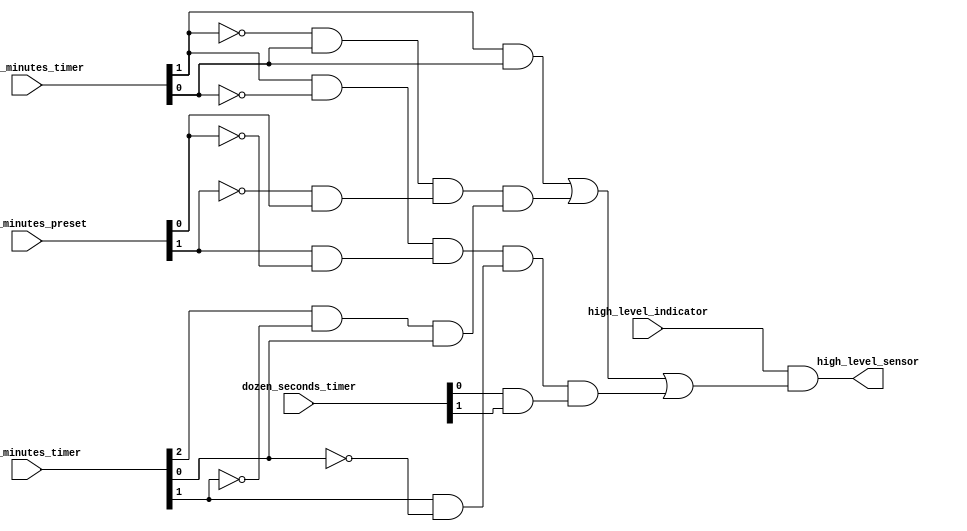
/* Manipulates the higher level sensor dinamically */

module high_level_checker
(
	input  wire [1:0] dozen_minutes_timer, dozen_minutes_preset, dozen_seconds_timer,
	input  wire [2:0] unit_minutes_timer, 
	input  wire			high_level_indicator,
	output wire 		high_level_sensor
);
	wire [11:0] aux;
	wire [ 1:0] inv_dozen_timer, inv_dozen_preset, inv_unit_timer, inv_unit_preset;

	not inv0(inv_dozen_timer[0], dozen_minutes_timer[0]);
	not inv1(inv_dozen_timer[1], dozen_minutes_timer[1]);
	
	not inv2(inv_dozen_preset[0], dozen_minutes_preset[0]);
	not inv3(inv_dozen_preset[1], dozen_minutes_preset[1]);
	
	not inv4(inv_unit_timer[0], unit_minutes_timer[0]);
	not inv5(inv_unit_timer[1], unit_minutes_timer[1]);
	
	// When the dozen of minutes is equal 3
	and and0(aux[0], dozen_minutes_timer[1], dozen_minutes_timer[0]);
	
	// When the minutes counter is equal 15 and the dozen minutes preset is 0001
	and and1(aux[1], inv_dozen_timer[1], dozen_minutes_timer[0]);
	and and3(aux[2], inv_dozen_preset[1], dozen_minutes_preset[0]);
	and and2(aux[3], unit_minutes_timer[2], inv_unit_timer[1], unit_minutes_timer[0]);
	
	and and5(aux[4], aux[1], aux[2], aux[3]);
	
	// When the minutes counter is equal 22, the dozen of 
	// seconds is 3 and the dozen minutes preset is 0010
	and and6(aux[5], dozen_minutes_timer[1], inv_dozen_timer[0]);
	and and7(aux[6], dozen_minutes_preset[1], inv_dozen_preset[0]);
	and and8(aux[7], unit_minutes_timer[1], inv_unit_timer[0]);
	and and9(aux[8], dozen_seconds_timer[0], dozen_seconds_timer[1]);
	
	and and10(aux[9], aux[5], aux[6], aux[7], aux[8]);
	
	// Final expression
	or  or0(aux[11], aux[0], aux[4], aux[9]);
	and high_level_signal(high_level_sensor, high_level_indicator, aux[11]);

endmodule